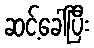
ဆင့်ခေါ်ပြီး